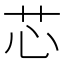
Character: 芯